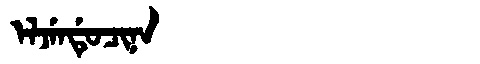
Manchu: ᡝᠯᠵᡝᠨᡩᡠᠴᡳᠨᠠ
Romanization: ELJENDUCINA